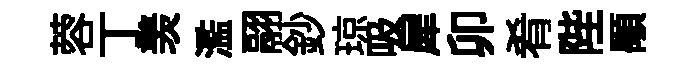
蓉丁羡濫翮鈔琼吸犀卯肴陛顒